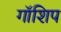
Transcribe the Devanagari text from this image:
गॉशिप